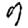
Digit: 7